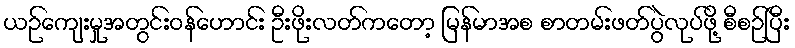
ယဉ်ကျေးမှုအတွင်းဝန်ဟောင်း ဦးဖိုးလတ်ကတော့ မြန်မာအစ စာတမ်းဖတ်ပွဲလုပ်ဖို့ စီစဉ်ပြီး